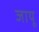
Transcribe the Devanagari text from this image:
जायू